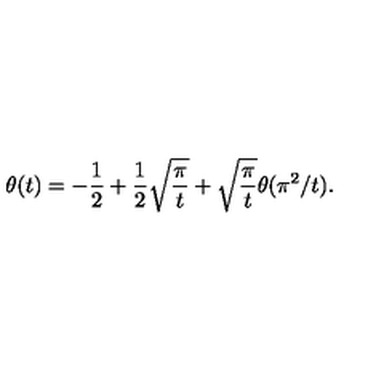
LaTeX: \theta ( t ) = - \frac { 1 } { 2 } + \frac { 1 } { 2 } \sqrt { \frac { \pi } { t } } + \sqrt { \frac { \pi } { t } } \theta ( \pi ^ { 2 } / t ) .